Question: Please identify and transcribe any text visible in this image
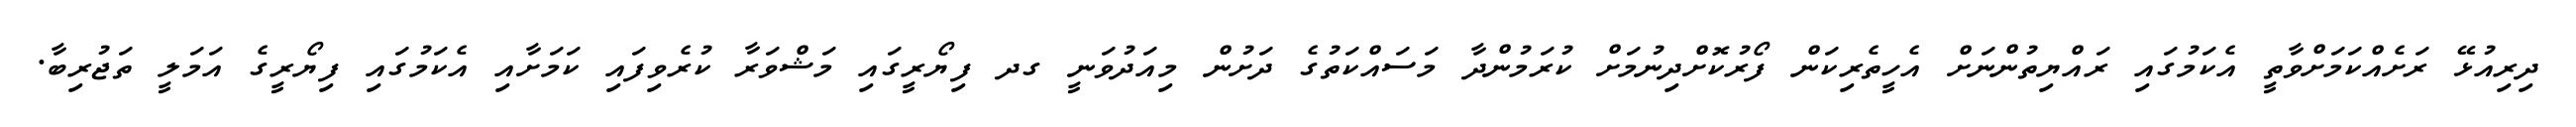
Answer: ދިރިއުޅޭ ރަށެއްކަމަށްވާތީ އެކަމުގައި ރައްޔިތުންނަށް އެހީތެރިކަން ފޯރުކޮށްދިނުމަށް ކުރަމުންދާ މަސައްކަތުގެ ދަށުން މިއަދުވަނީ ގދ ފިޔޯރީގައި މަޝްވަރާ ކުރެވިފައި ކަމަށާއި އެކަމުގައި ފިޔޯރީގެ އަމަލީ ތަޖުރިބާ.